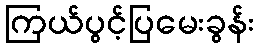
ကြယ်ပွင့်ပြမေးခွန်း